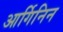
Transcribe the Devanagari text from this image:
आर्गिनिन